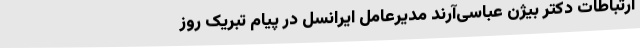
ارتباطات دکتر بیژن عباسی‌آرند مدیرعامل ایرانسل در پیام تبریکِ روز